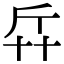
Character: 𠦛